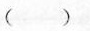
( )